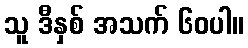
သူ ဒီနှစ် အသက် ၆၀ပါ။